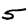
Digit: 5